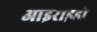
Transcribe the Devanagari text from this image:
आइराइडो